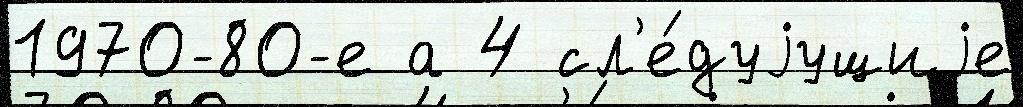
1970-80-е а 4 сл'е́дуjущиjе